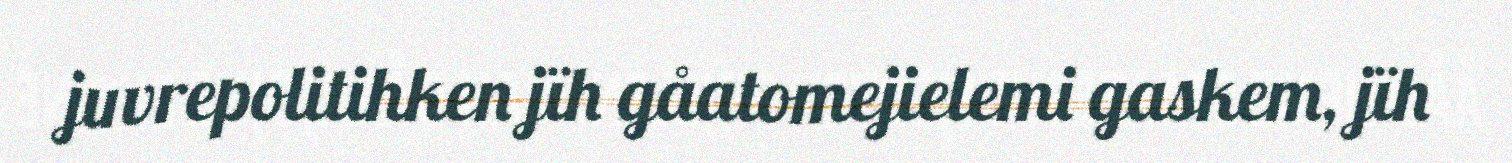
juvrepolitihken jïh gåatomejielemi gaskem, jïh